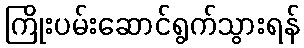
ကြိုးပမ်းဆောင်ရွက်သွားရန်